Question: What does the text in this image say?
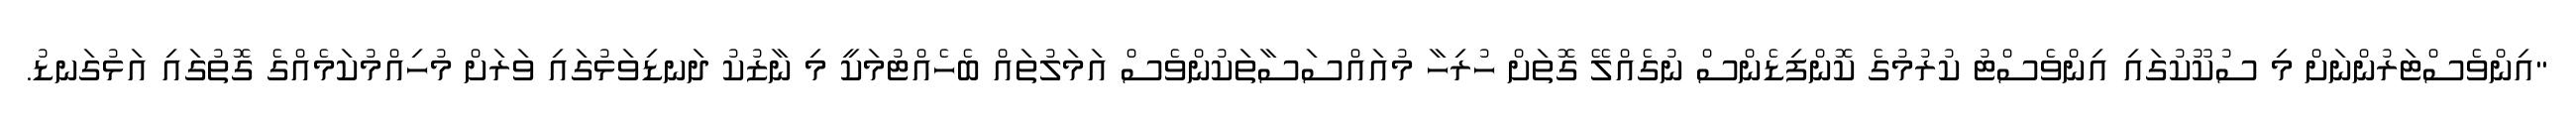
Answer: "އިންވެސްޓަރުންނަށް މި ސުކޫކުގައި އިންވެސްޓު ކުރުމުގެ ކޮންފިޑެންސް ނުގެއްލޭ ގޮތަށް ހުރިހާ މުއައްސަސާތަކުންވެސް އަމަލުތައް ބެހެއްޓުމަކީ މި ނާޒުކު ދަނޑިވަޅުގައި ވަރަށް މުހިއްމުކަމެއްގެ ގޮތުގައި އަޅުގަނޑު.